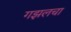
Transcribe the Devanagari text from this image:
गझलचा